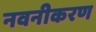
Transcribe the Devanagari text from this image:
नवनीकरण